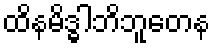
ထိနမိဒ္ဓါဘိဘူတေန